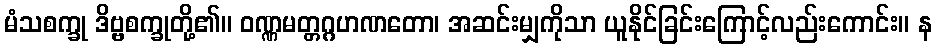
မံသစက္ခု ဒိဗ္ဗစက္ခုတို့၏။ ဝဏ္ဏမတ္တဂ္ဂဟဏတော၊ အဆင်းမျှကိုသာ ယူနိုင်ခြင်းကြောင့်လည်းကောင်း။ န